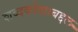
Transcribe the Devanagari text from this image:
शब्दकोशाबद्दल